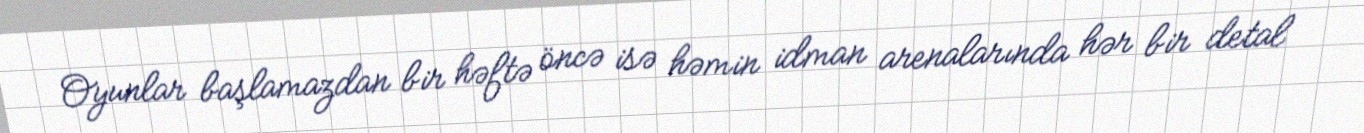
Oyunlar başlamazdan bir həftə öncə isə həmin idman arenalarında hər bir detal